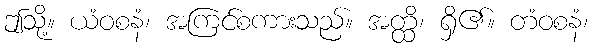
ဤသို့။ ယံဝစနံ၊ အကြင်စကားသည်။ အတ္ထိ၊ ရှိ၏။ တံဝစနံ၊